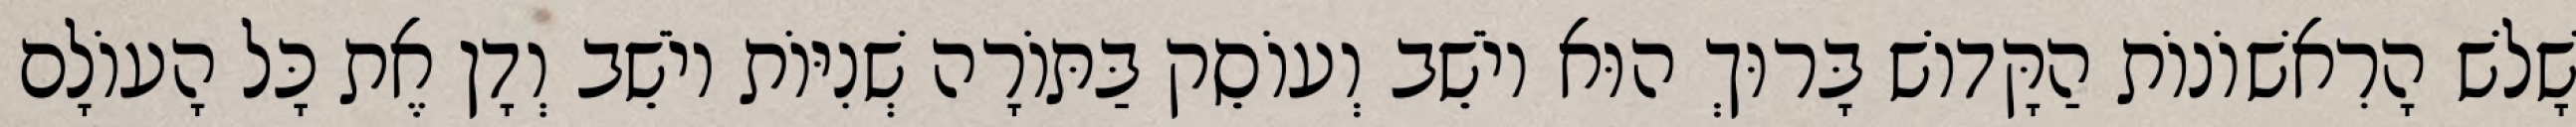
שָׁלֹשׁ הָרִאשׁוֹנוֹת הַקָּדוֹשׁ בָּרוּךְ הוּא יוֹשֵׁב וְעוֹסֵק בַּתּוֹרָה שְׁנִיּוֹת יוֹשֵׁב וְדָן אֶת כָּל הָעוֹלָם